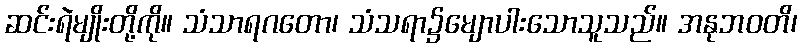
ဆင်းရဲမျိုးတို့ကို။ သံသာရဂတော၊ သံသရာ၌မျောပါးသောသူသည်။ အနုဘဝတိ၊